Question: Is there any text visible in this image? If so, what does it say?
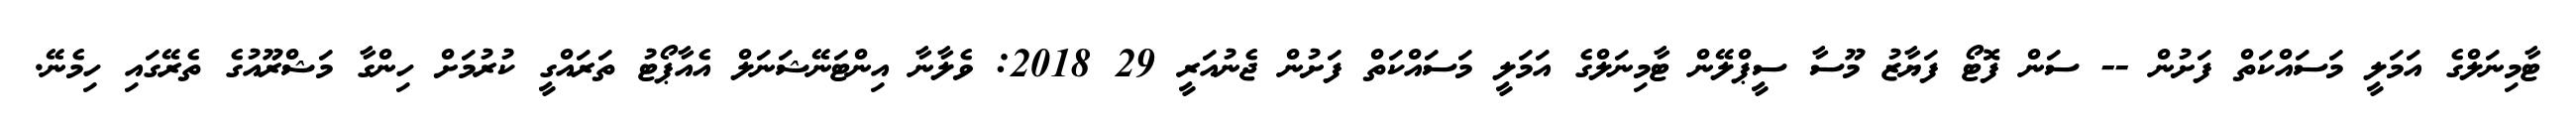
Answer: ޓާމިނަލްގެ އަމަލީ މަސައްކަތް ފަށުން -- ސަން ފޮޓޯ ފަޔާޒު މޫސާ ސީޕްލޭން ޓާމިނަލްގެ އަމަލީ މަސައްކަތް ފަށުން ޖެނުއަރީ 29 2018: ވެލާނާ އިންޓަނޭޝަނަލް އެއާޕޯޓު ތަރައްގީ ކުރުމަށް ހިންގާ މަޝްރޫއުގެ ތެރޭގައި ހިމެނޭ.